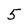
Character: 5